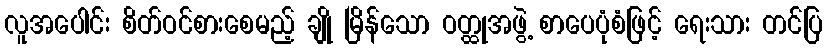
လူအပေါင်း စိတ်ဝင်စားစေမည့် ချို မြိန်သော ဝတ္ထုအဖွဲ့ စာပေပုံစံဖြင့် ရေးသား တင်ပြ